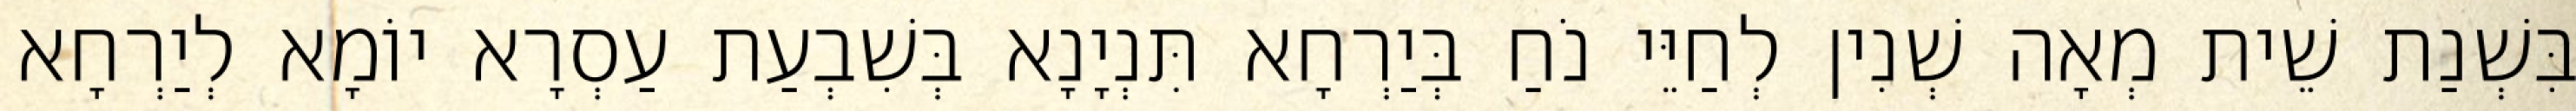
בִּשְׁנַת שֵׁית מְאָה שְׁנִין לְחַיֵּי נֹחַ בְּיַרְחָא תִּנְיָנָא בְּשִׁבְעַת עַסְרָא יוֹמָא לְיַרְחָא